Report of the King Institute of Preventive Medicine, Guindy
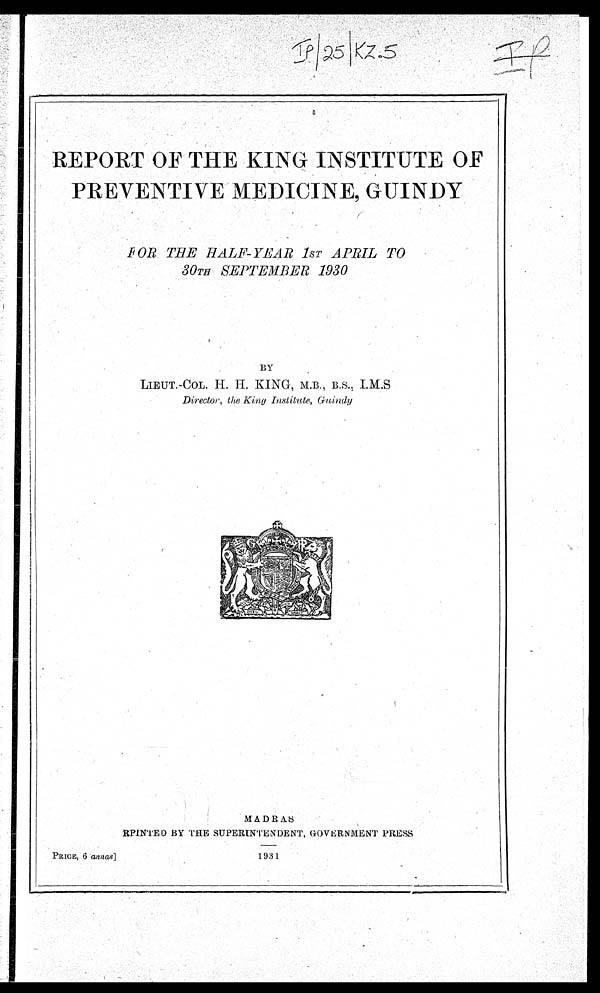
I p /25 / KZ .5
REPORT OF THE KING INSTITUTE OF
PREVENTIVE MEDICINE, GUINDY
F O R T H E H A L F - Y E A R 1 S T A P R I L T O
30TH SEPTEMBER 1930
BY
LIEUT.-COL. H. H. KING,
M.B., B.S., I.M.S
Director, the King Institute, Guindy
MADRAS
RPINTED BY THE SUPERINTENDENT, GOVERNMENT PRESS
PRICE, 6 annas]
1931